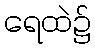
ရေထဲ၌